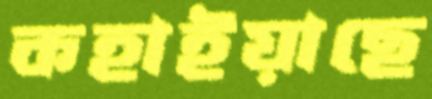
কহাইয়াছে